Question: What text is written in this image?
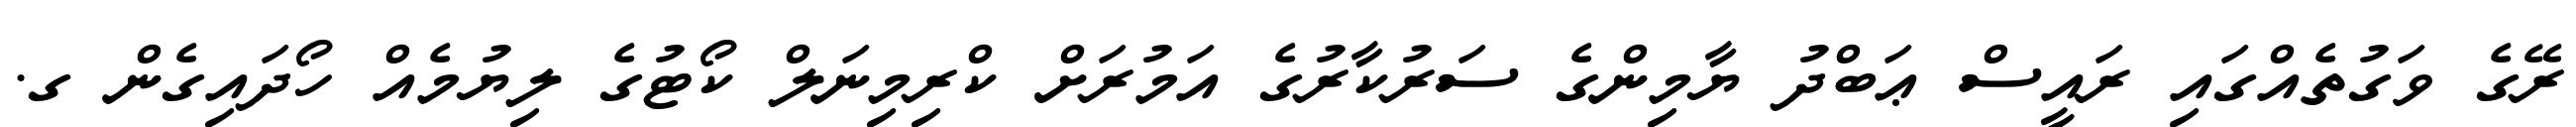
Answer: ރޭގެ ވަގުތެއްގައި ރައީސް ޢަބްދު ޔާމިންގެ ސަރުކާރުގެ އަމުރަށް ކްރިމިނަލް ކޯޓުގެ ލިޔުމެއް ހޯދައިގެން ގ.